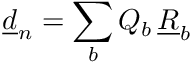
\underline { { d } } _ { n } = \sum _ { b } Q _ { b } \, \underline { { R } } _ { b }